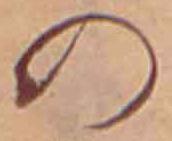
の